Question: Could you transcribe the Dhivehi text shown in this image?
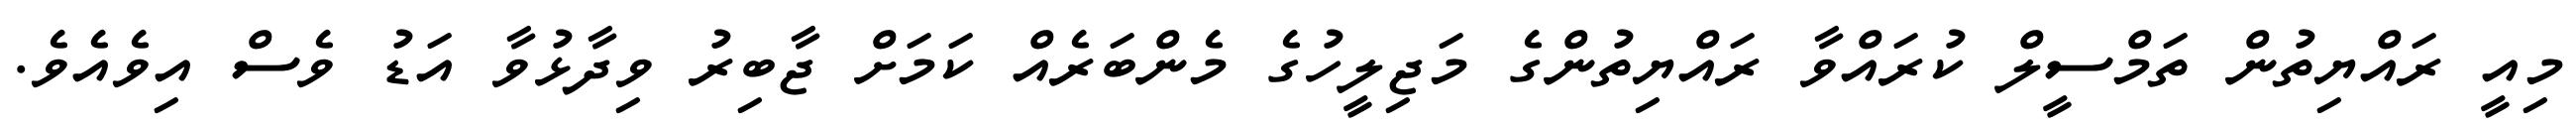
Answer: މިއީ ރައްޔިތުން ތަމްސީލް ކުރައްވާ ރައްޔިތުންގެ މަޖިލީހުގެ މެންބަރެއް ކަމަށް ޖާބިރު ވިދާޅުވާ އަޑު ވެސް އިވެއެވެ.